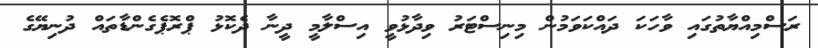
ރަސްމިއްޔާތުގައި ވާހަކަ ދައްކަވަމުން މިނިސްޓަރު ވިދާޅުވީ އިސްލާމީ ދީނާ ދެކޮޅު ޕްރޮޕެގެންޑާތައް ދުނިޔޭގެ